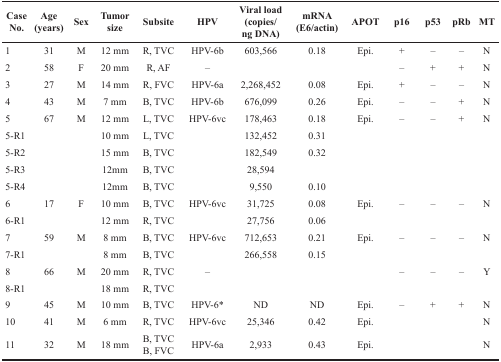
| Case No. | Age (years) | Sex | Tumor size | Subsite | HPV | Viral load (copies/ng DNA) | mRNA (E6/actin) | APOT | p16 | p53 | pRb | MT |
 | --- | --- | --- | --- | --- | --- | --- | --- | --- | --- | --- | --- | --- |
 | 1 | 31 | M | 12 mm | R, TVC | HPV-6b | 603,566 | 0.18 | Epi. | + | – | – | N |
 | 2 | 58 | F | 20 mm | R, AF | – |  |  |  | – | + | + | N |
 | 3 | 27 | M | 14 mm | R, FVC | HPV-6a | 2,268,452 | 0.08 | Epi. | + | – | – | N |
 | 4 | 43 | M | 7 mm | B, TVC | HPV-6b | 676,099 | 0.26 | Epi. | – | – | + | N |
 | 5 | 67 | M | 12 mm | L, TVC | HPV-6vc | 178,463 | 0.18 | Epi. | – | – | + | N |
 | 5-R1 |  |  | 10 mm | L, TVC |  | 132,452 | 0.31 |  |  |  |  |  |
 | 5-R2 |  |  | 15 mm | B, TVC |  | 182,549 | 0.32 |  |  |  |  |  |
 | 5-R3 |  |  | 12mm | B, TVC |  | 28,594 |  |  |  |  |  |  |
 | 5-R4 |  |  | 12mm | B, TVC |  | 9,550 | 0.10 |  |  |  |  |  |
 | 6 | 17 | F | 10 mm | B, TVC | HPV-6vc | 31,725 | 0.08 | Epi. | – | – | – | N |
 | 6-R1 |  |  | 12 mm | R, TVC |  | 27,756 | 0.06 |  |  |  |  |  |
 | 7 | 59 | M | 8 mm | B, TVC | HPV-6vc | 712,653 | 0.21 | Epi. | – | – | – | N |
 | 7-R1 |  |  | 8 mm | B, TVC |  | 266,558 | 0.15 |  |  |  |  |  |
 | 8 | 66 | M | 20 mm | R, TVC | – |  |  |  | – | – | – | Y |
 | 8-R1 |  |  | 18 mm | R, TVC |  |  |  |  |  |  |  |  |
 | 9 | 45 | M | 10 mm | B, TVC | HPV-6* | ND | ND | Epi. | – | + | + | N |
 | 10 | 41 | M | 6 mm | R, TVC | HPV-6vc | 25,346 | 0.42 | Epi. |  |  |  | N |
 | 11 | 32 | M | 18 mm | B, TVCB, FVC | HPV-6a | 2,933 | 0.43 | Epi. |  |  |  | N |